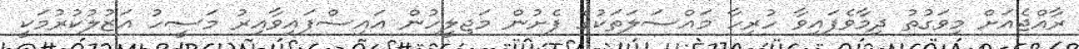
ރާއްޖެއަށް މިވަގުތު ދިމާވެފައިވާ ހުރިހާ މައްސަލަތަކުގެ ފެށުން މަޖިލީހުން އައިސްފައިވާއިރު މަސީހު އަޒުލުކުރުމަކީ